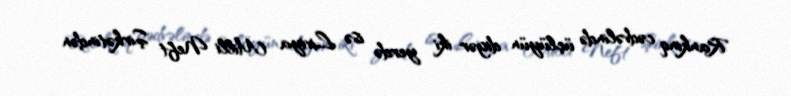
Rankinq cədvəlində üçlüyün digər iki yerdə isə Liviya Milli Neft Şirkətindən